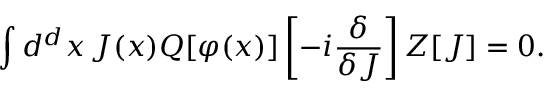
\int d ^ { d } x \, J ( x ) Q [ \varphi ( x ) ] \left[ - i { \frac { \delta } { \delta J } } \right] Z [ J ] = 0 .